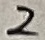
Text: 2